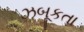
ઝબૂકતા